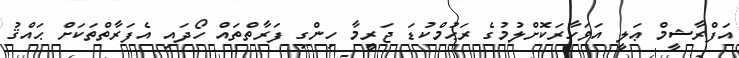
އަފްރާޝީމް ޢަލީ އަވަހާރަކޮށްލުމުގެ ރަޙުމްކުޑަ ޖަރީމާ ހިންގި ފަރާތްތައް ހޯދައި އެފަރާތްތަކަށް ޙައްޤު